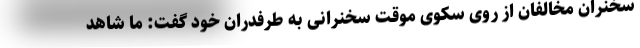
سخنران مخالفان از روی سکوی موقت سخنرانی به طرفدران خود گفت: ما شاهد